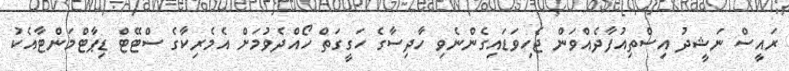
ރައީސް ނަޝީދު އިސްތިއުފާދެއްވަން ޖެހިވަޑައިގެންނެވި ހާދިސާގެ ހަގީގަތް ހޯއްދެވުމަށް އެމެރިކާގެ ސްޓޭޓް ޑިޕާޓްމަންޓާއެކު